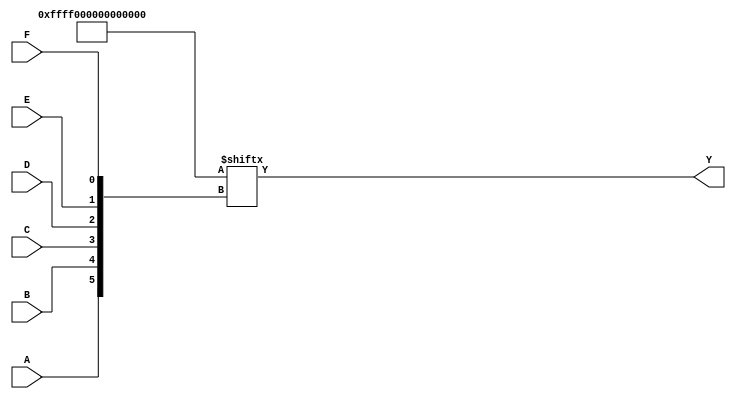
module kmap_6var (
    input wire A,   // Variable A
    input wire B,   // Variable B
    input wire C,   // Variable C
    input wire D,   // Variable D
    input wire E,   // Variable E
    input wire F,   // Variable F
    output wire Y   // Output Y (simplified Boolean function)
);

    // Declare a 64-bit ROM to represent the K-map
    reg [63:0] kmap;

    // Initialize the K-map with minterms (1's and 0's)
    initial begin
        // Example K-map population (replace with actual minterms)
        // This example assumes minterms 0, 1, 2, 3, 4, 5, 6, 7, 8, 9, 10, 11, 12, 13, 14, 15 are 1
        // You should modify this according to your specific function
        kmap = 64'b1111111111111111000000000000000000000000000000000000000000000000; // Example K-map
    end

    // Calculate the index for the K-map
    wire [5:0] index;
    assign index = {A, B, C, D, E, F}; // Concatenate inputs to form a 6-bit index

    // Assign output based on the K-map
    assign Y = kmap[index];

endmodule